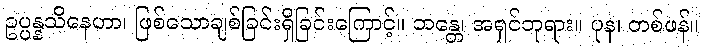
ဥပ္ပန္နသိနေဟာ၊ ဖြစ်သောချစ်ခြင်းရှိခြင်းကြောင့်။ ဘန္တေ၊ အရှင်ဘုရား။ ပုန၊ တစ်ဖန်။